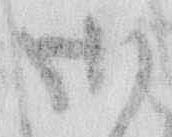
御